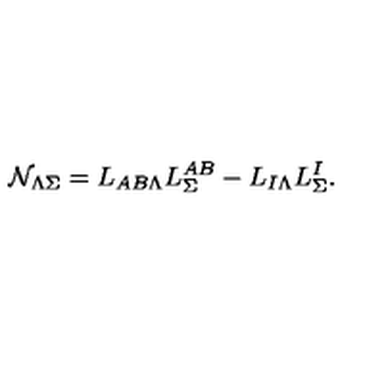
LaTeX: { \cal N } _ { \Lambda \Sigma } = L _ { A B \Lambda } L _ { \Sigma } ^ { A B } - L _ { I \Lambda } L _ { \Sigma } ^ { I } .